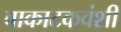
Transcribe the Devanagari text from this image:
वाकाटकवंशी